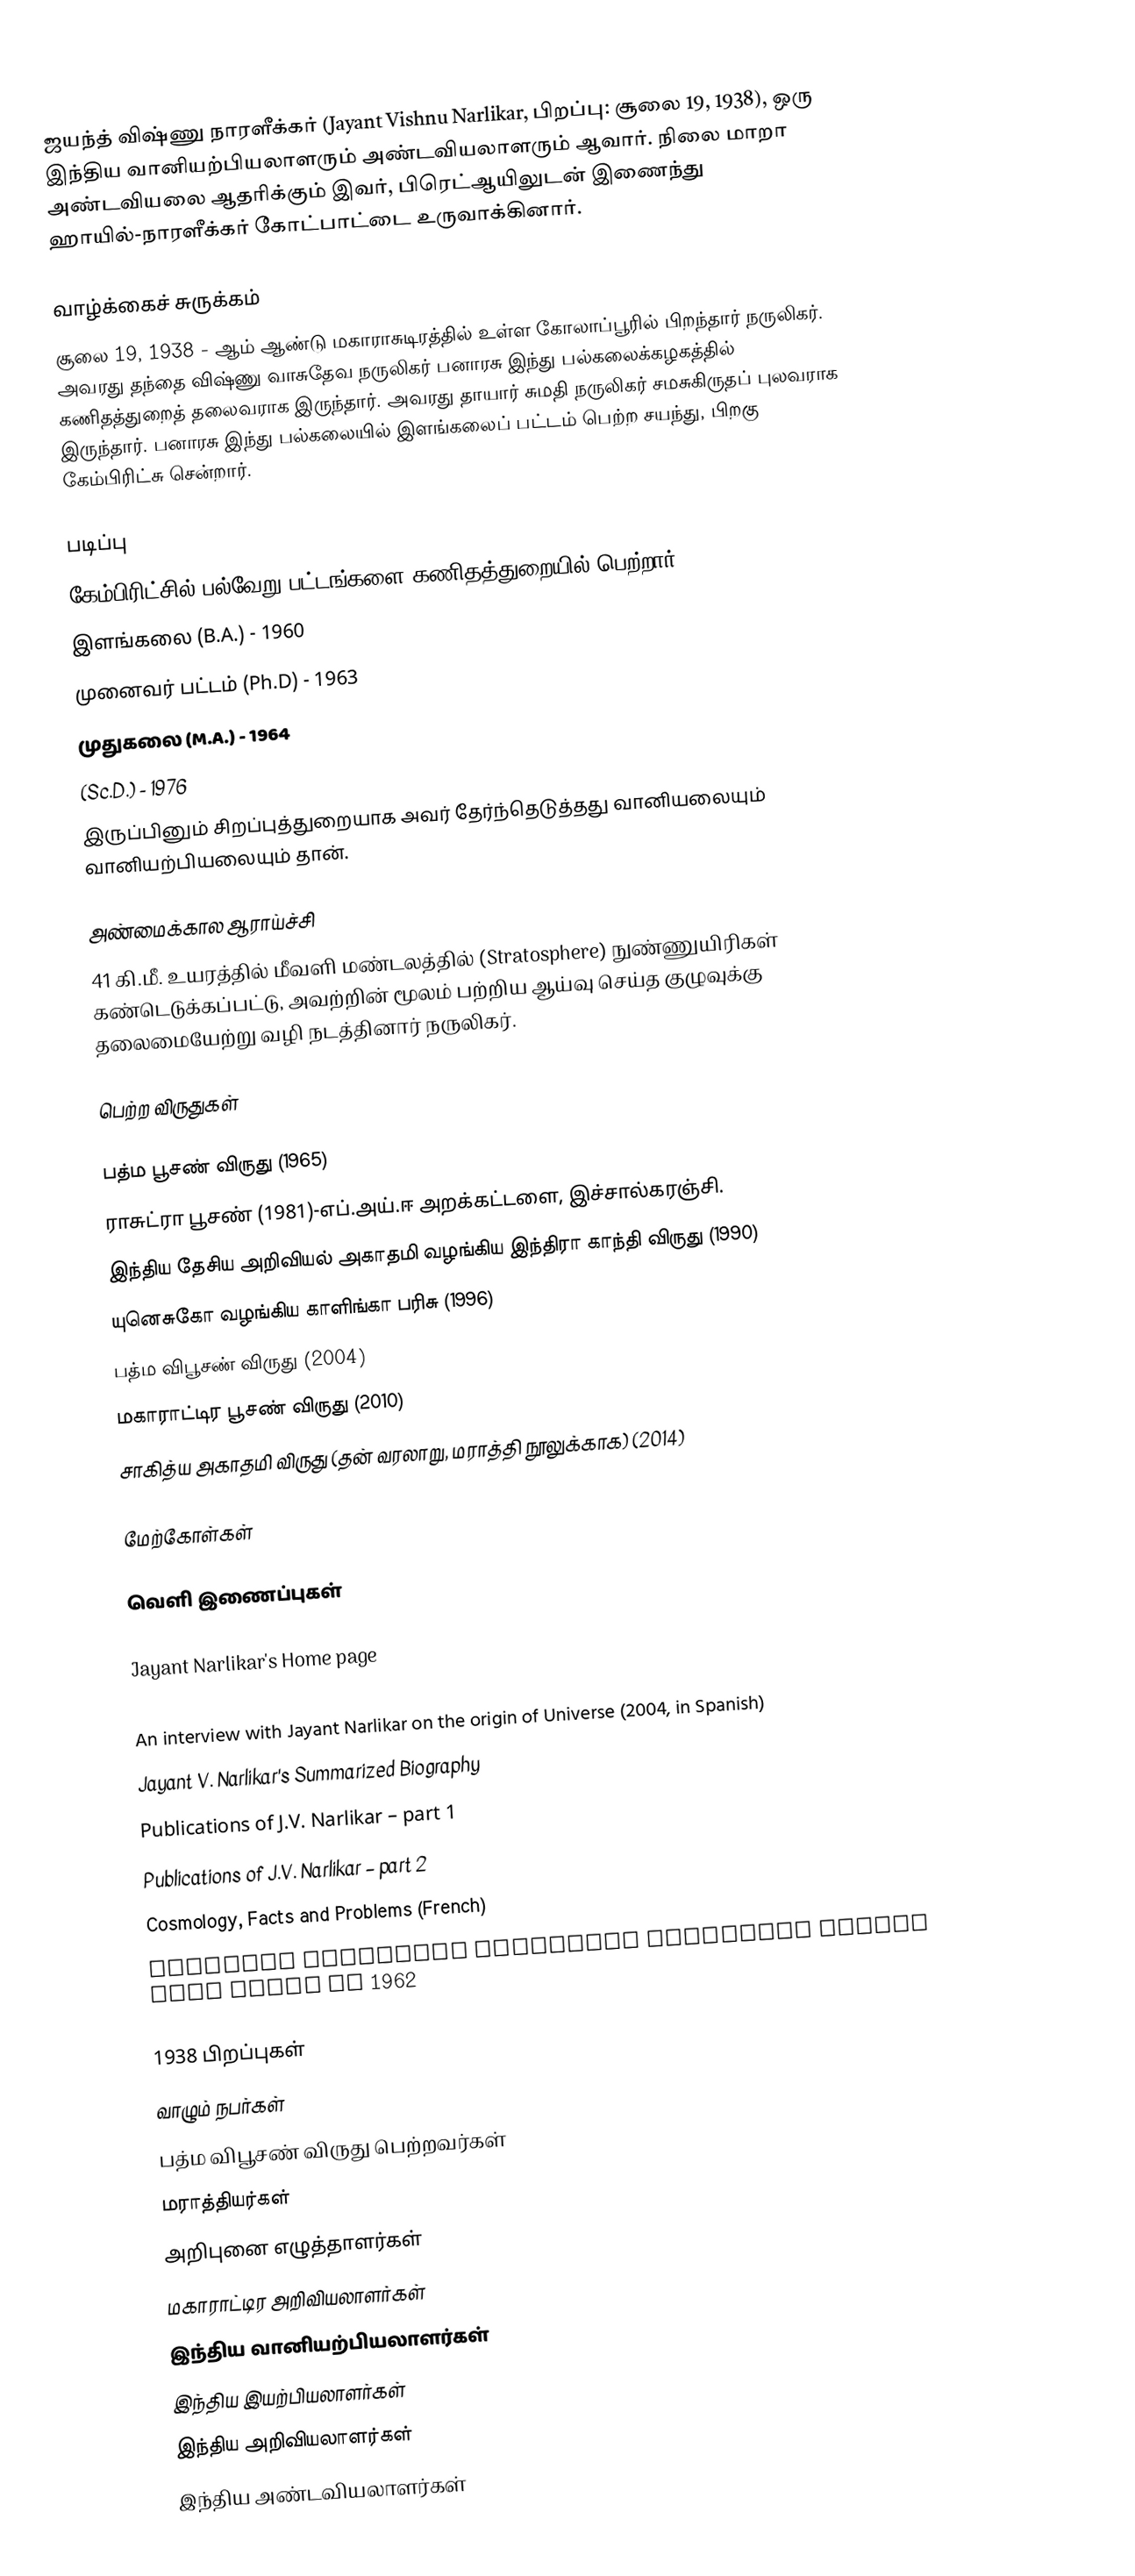
ஜயந்த் விஷ்ணு நாரளீக்கர் (Jayant Vishnu Narlikar, பிறப்பு: சூலை 19, 1938), ஒரு இந்திய வானியற்பியலாளரும் அண்டவியலாளரும் ஆவார். நிலை மாறா அண்டவியலை ஆதரிக்கும் இவர், பிரெட்ஆயிலுடன் இணைந்து ஹாயில்-நாரளீக்கர் கோட்பாட்டை உருவாக்கினார்.

வாழ்க்கைச் சுருக்கம்
சூலை 19, 1938 - ஆம் ஆண்டு மகாராசுடிரத்தில் உள்ள கோலாப்பூரில் பிறந்தார் நருலிகர். அவரது தந்தை விஷ்ணு வாசுதேவ நருலிகர் பனாரசு இந்து பல்கலைக்கழகத்தில் கணிதத்துறைத் தலைவராக இருந்தார். அவரது தாயார் சுமதி நருலிகர் சமசுகிருதப் புலவராக இருந்தார். பனாரசு இந்து பல்கலையில் இளங்கலைப் பட்டம் பெற்ற சயந்து, பிறகு கேம்பிரிட்சு சென்றார்.

படிப்பு
கேம்பிரிட்சில் பல்வேறு பட்டங்களை கணிதத்துறையில் பெற்றார்.
 இளங்கலை (B.A.) - 1960
 முனைவர் பட்டம் (Ph.D) - 1963
 முதுகலை (M.A.) - 1964
 (Sc.D.) - 1976
இருப்பினும் சிறப்புத்துறையாக அவர் தேர்ந்தெடுத்தது வானியலையும் வானியற்பியலையும் தான்.

அண்மைக்கால ஆராய்ச்சி
41 கி.மீ. உயரத்தில் மீவளி மண்டலத்தில் (Stratosphere) நுண்ணுயிரிகள் கண்டெடுக்கப்பட்டு, அவற்றின் மூலம் பற்றிய ஆய்வு செய்த குழுவுக்கு தலைமையேற்று வழி நடத்தினார் நருலிகர்.

பெற்ற விருதுகள்

 பத்ம பூசண் விருது (1965)
 ராசுட்ரா பூசண் (1981)-எப்.அய்.ஈ அறக்கட்டளை, இச்சால்கரஞ்சி.
 இந்திய தேசிய அறிவியல் அகாதமி வழங்கிய  இந்திரா காந்தி விருது (1990)
 யுனெசுகோ வழங்கிய காளிங்கா பரிசு (1996)
 பத்ம விபூசண் விருது (2004)
 மகாராட்டிர பூசண் விருது (2010)
 சாகித்ய அகாதமி விருது (தன் வரலாறு, மராத்தி நூலுக்காக) (2014)

மேற்கோள்கள்

வெளி இணைப்புகள்

Jayant Narlikar's Home page
An interview with Jayant Narlikar on virus from outer space (2003)
An interview with Jayant Narlikar on the origin of Universe (2004, in Spanish)
Jayant V. Narlikar's Summarized Biography
Publications of J.V. Narlikar – part 1
Publications of J.V. Narlikar – part 2
Cosmology, Facts and Problems (French)
Narlikar predicted neutrinos traveling faster than light in 1962

1938 பிறப்புகள்
வாழும் நபர்கள்
பத்ம விபூசண் விருது பெற்றவர்கள்
மராத்தியர்கள்
அறிபுனை எழுத்தாளர்கள்
மகாராட்டிர அறிவியலாளர்கள்
இந்திய வானியற்பியலாளர்கள்
இந்திய இயற்பியலாளர்கள்
இந்திய அறிவியலாளர்கள்
இந்திய அண்டவியலாளர்கள்